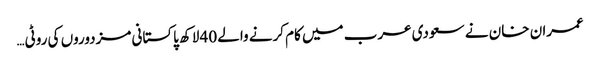
عمران خان نے سعودی عرب میں کام کرنے والے 40 لاکھ پاکستانی مزدوروں کی روٹی…